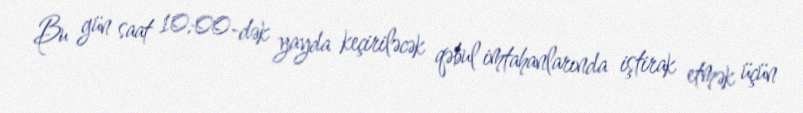
Bu gün saat 10:00-dək yayda keçiriləcək qəbul imtahanlarında iştirak etmək üçün